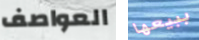
العواصف ببيعها